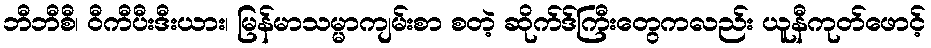
ဘီဘီစီ၊ ဝီကီပီးဒီးယား၊ မြန်မာသမ္မာကျမ်းစာ စတဲ့ ဆိုက်ဒ်ကြီးတွေကလည်း ယူနီကုတ်ဖောင့်